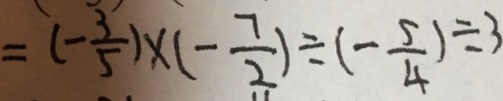
= ( - \frac { 3 } { 5 } ) \times ( - \frac { 7 } { 2 } ) \div ( - \frac { 5 } { 4 } ) \div 3